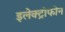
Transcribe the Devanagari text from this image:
इलेक्ट्रोफोन